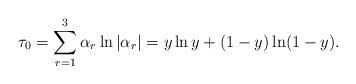
\begin{align*}\tau_0 = \sum_{r=1}^3 \alpha_r \ln |\alpha_r| = y \ln y +(1-y) \ln (1-y).\end{align*}